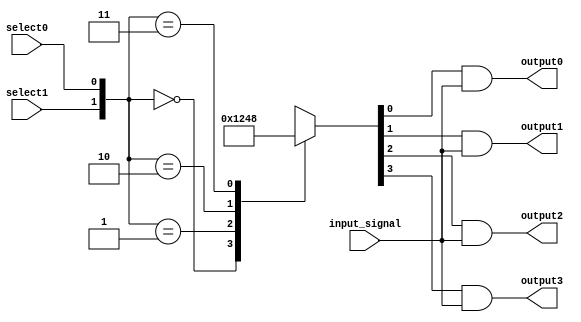
module demultiplexer(
    input wire select0,
    input wire select1,
    input wire input_signal,
    output reg output0,
    output reg output1,
    output reg output2,
    output reg output3
);

reg [3:0] decoder_output;

always @ (select0, select1)
    case({select1, select0})
        2'b00: decoder_output = 4'b0001;
        2'b01: decoder_output = 4'b0010;
        2'b10: decoder_output = 4'b0100;
        2'b11: decoder_output = 4'b1000;
    endcase

assign output0 = decoder_output[0] & input_signal;
assign output1 = decoder_output[1] & input_signal;
assign output2 = decoder_output[2] & input_signal;
assign output3 = decoder_output[3] & input_signal;

endmodule